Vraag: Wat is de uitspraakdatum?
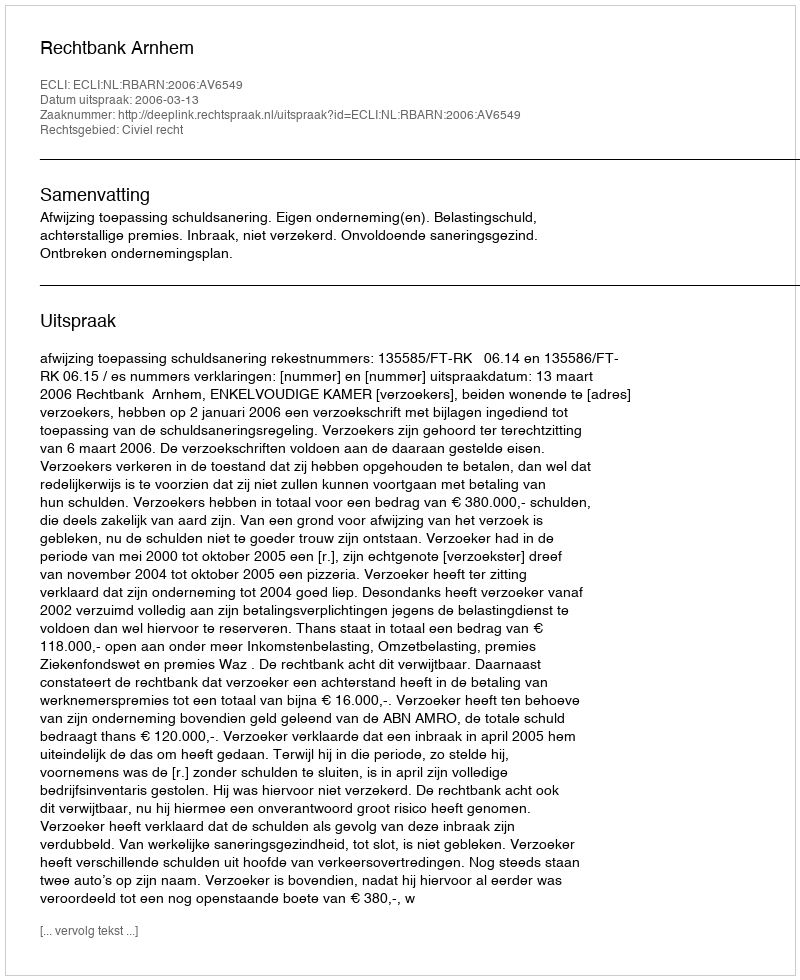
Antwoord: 2006-03-13